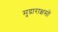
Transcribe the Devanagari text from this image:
मुद्राराक्षसों